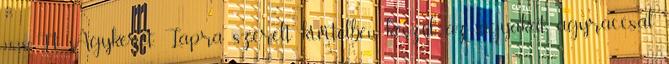
16.380.-Ft Ágykeret. Lapra szerelt kivitelben készül, az ágyakat ágyráccsal